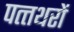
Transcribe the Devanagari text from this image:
पत्त्थरों